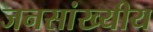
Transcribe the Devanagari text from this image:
जनसांख्यीय